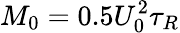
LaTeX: M_{0}=0.5U_{0}^{2}\tau_{R}